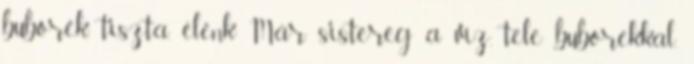
buborék, tiszta, élénk Már sistereg a víz, tele buborékkal,